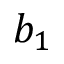
b _ { 1 }